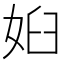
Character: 𱙐